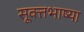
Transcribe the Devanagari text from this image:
सूक्तभाष्या